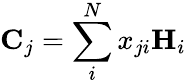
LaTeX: {\mathbf{C}_{j}}=\sum_{i}^{N}{x_{ji}\mathbf{H}_{i}}